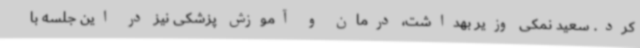
کرد. سعید نمکی وزیر بهداشت، درمان و آموزش پزشکی نیز در این جلسه با